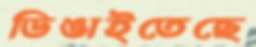
ডিঙাইতেছে